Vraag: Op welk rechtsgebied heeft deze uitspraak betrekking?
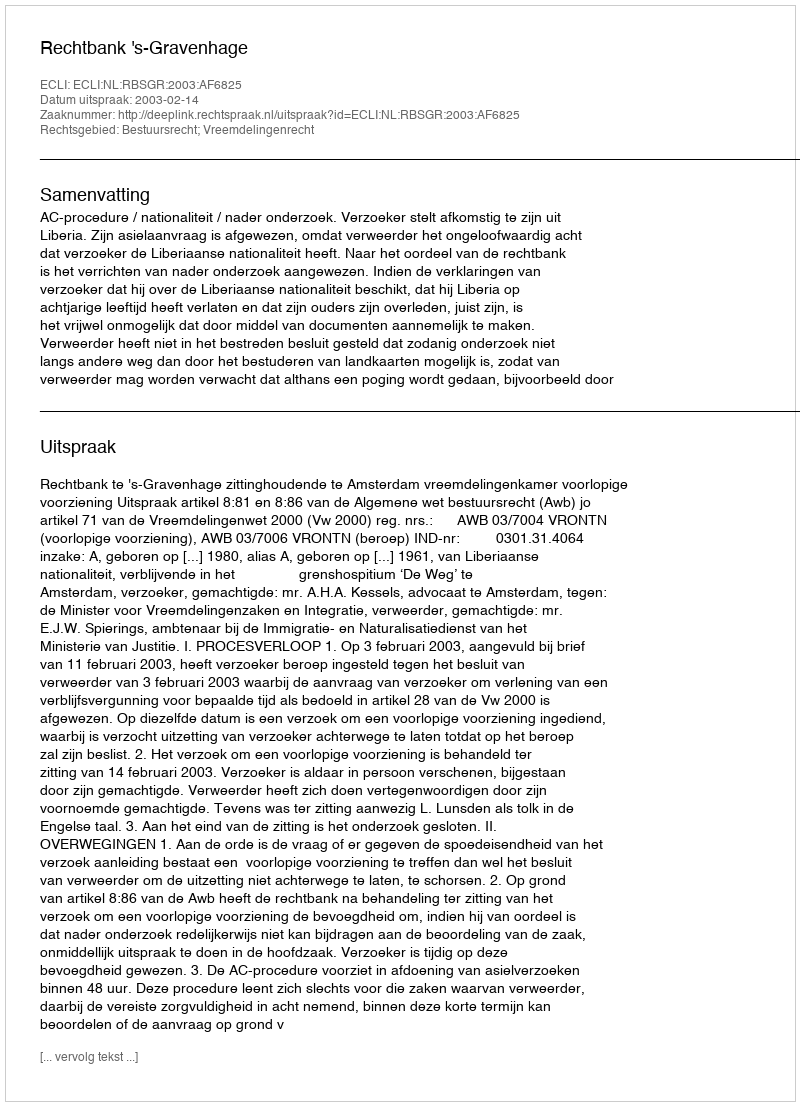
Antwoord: Bestuursrecht; Vreemdelingenrecht